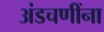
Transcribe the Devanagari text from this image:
अंडचणींना